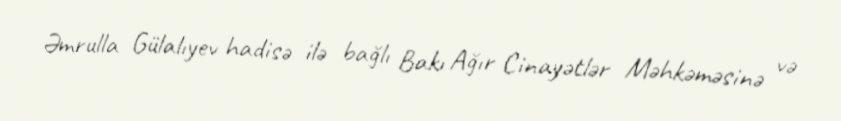
Əmrulla Gülalıyev hadisə ilə bağlı Bakı Ağır Cinayətlər Məhkəməsinə və